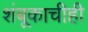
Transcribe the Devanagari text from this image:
शंबूकाचीही